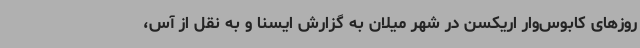
روزهای کابوس‌وار اریکسن در شهر میلان به گزارش ایسنا و به نقل از آس،